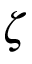
\zeta